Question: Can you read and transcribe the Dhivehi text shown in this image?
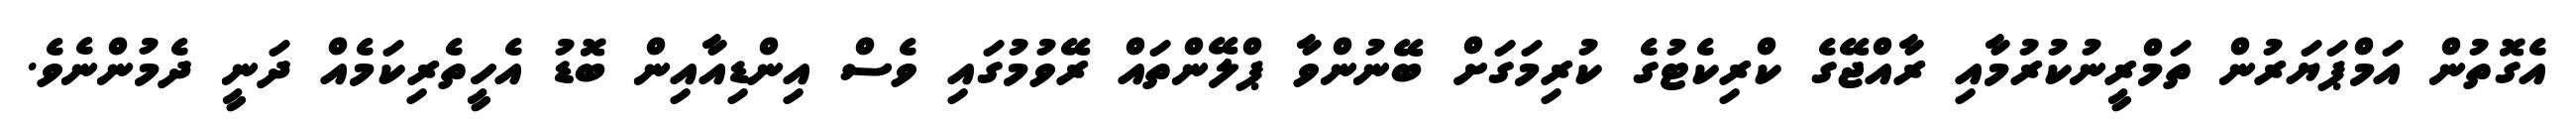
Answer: އެގޮތުން އަމްޕަޔަރުން ތަމްރީނުކުރުމާއި ރާއްޖޭގެ ކްރިކެޓުގެ ކުރިމަގަށް ބޭނުންވާ ޕްލޭންތައް ރޭވުމުގައި ވެސް އިންޑިއާއިން ބޮޑު އެހީތެރިކަމެއް ދަނީ ދެމުންނެވެ.